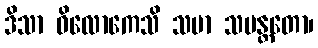
ဒိသာ ဝိလောကေသိ သမာ သမန္တတော၊